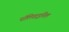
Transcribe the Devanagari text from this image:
पॉलिवाइनिल